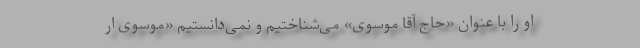
او را با عنوان «حاج آقا موسوی» می‌شناختیم و نمی‌دانستیم «موسوی ار